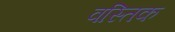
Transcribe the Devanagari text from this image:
वस्तिक